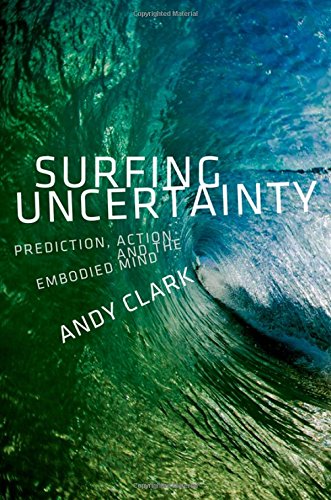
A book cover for Surfing Uncertainty: Prediction, Action, and the Embodied Mind; Andy Clark; Politics & Social Sciences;